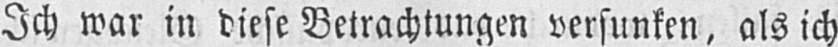
Ich war in diese Betrachtungen versunken, als ich